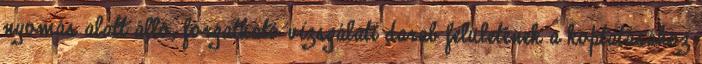
nyomás alatt álló, forgatható vizsgálati darab felületének a koptatásához